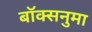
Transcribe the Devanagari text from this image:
बॉक्सनुमा